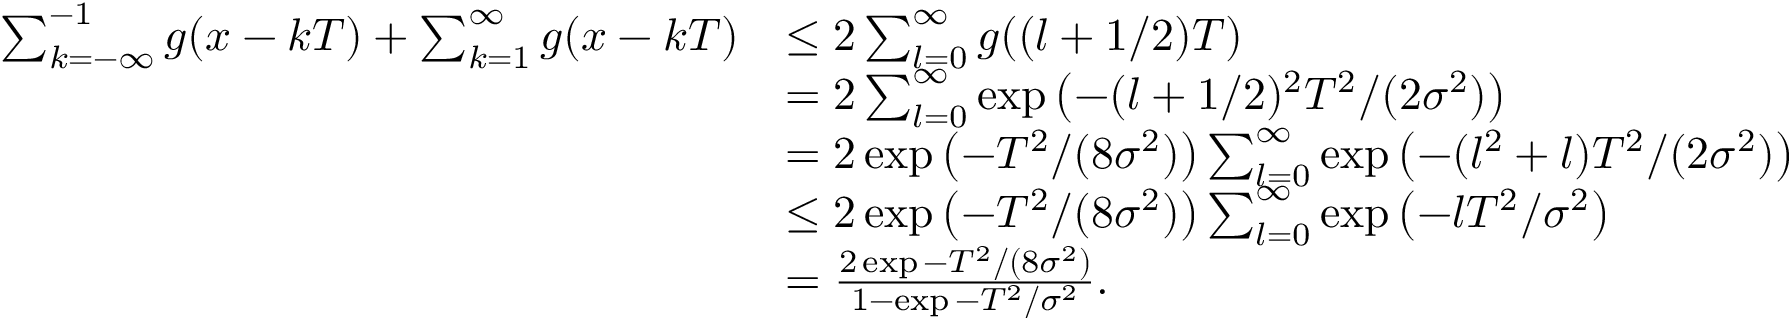
\begin{array} { r l } { \sum _ { k = - \infty } ^ { - 1 } g ( x - k T ) + \sum _ { k = 1 } ^ { \infty } g ( x - k T ) } & { \le 2 \sum _ { l = 0 } ^ { \infty } g ( ( l + 1 / 2 ) T ) } \\ & { = 2 \sum _ { l = 0 } ^ { \infty } \exp \left( - ( l + 1 / 2 ) ^ { 2 } T ^ { 2 } / ( 2 \sigma ^ { 2 } ) \right) } \\ & { = 2 \exp \left( - T ^ { 2 } / ( 8 \sigma ^ { 2 } ) \right) \sum _ { l = 0 } ^ { \infty } \exp \left( - ( l ^ { 2 } + l ) T ^ { 2 } / ( 2 \sigma ^ { 2 } ) \right) } \\ & { \le 2 \exp \left( - T ^ { 2 } / ( 8 \sigma ^ { 2 } ) \right) \sum _ { l = 0 } ^ { \infty } \exp \left( - l T ^ { 2 } / \sigma ^ { 2 } \right) } \\ & { = \frac { 2 \exp { - T ^ { 2 } / ( 8 \sigma ^ { 2 } ) } } { 1 - \exp { - T ^ { 2 } / \sigma ^ { 2 } } } . } \end{array}